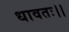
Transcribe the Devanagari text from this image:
धावतः।।